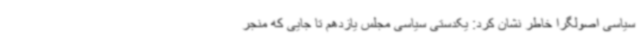
سیاسی اصولگرا خاطر نشان کرد: یکدستی سیاسی مجلس یازدهم تا جایی که منجر